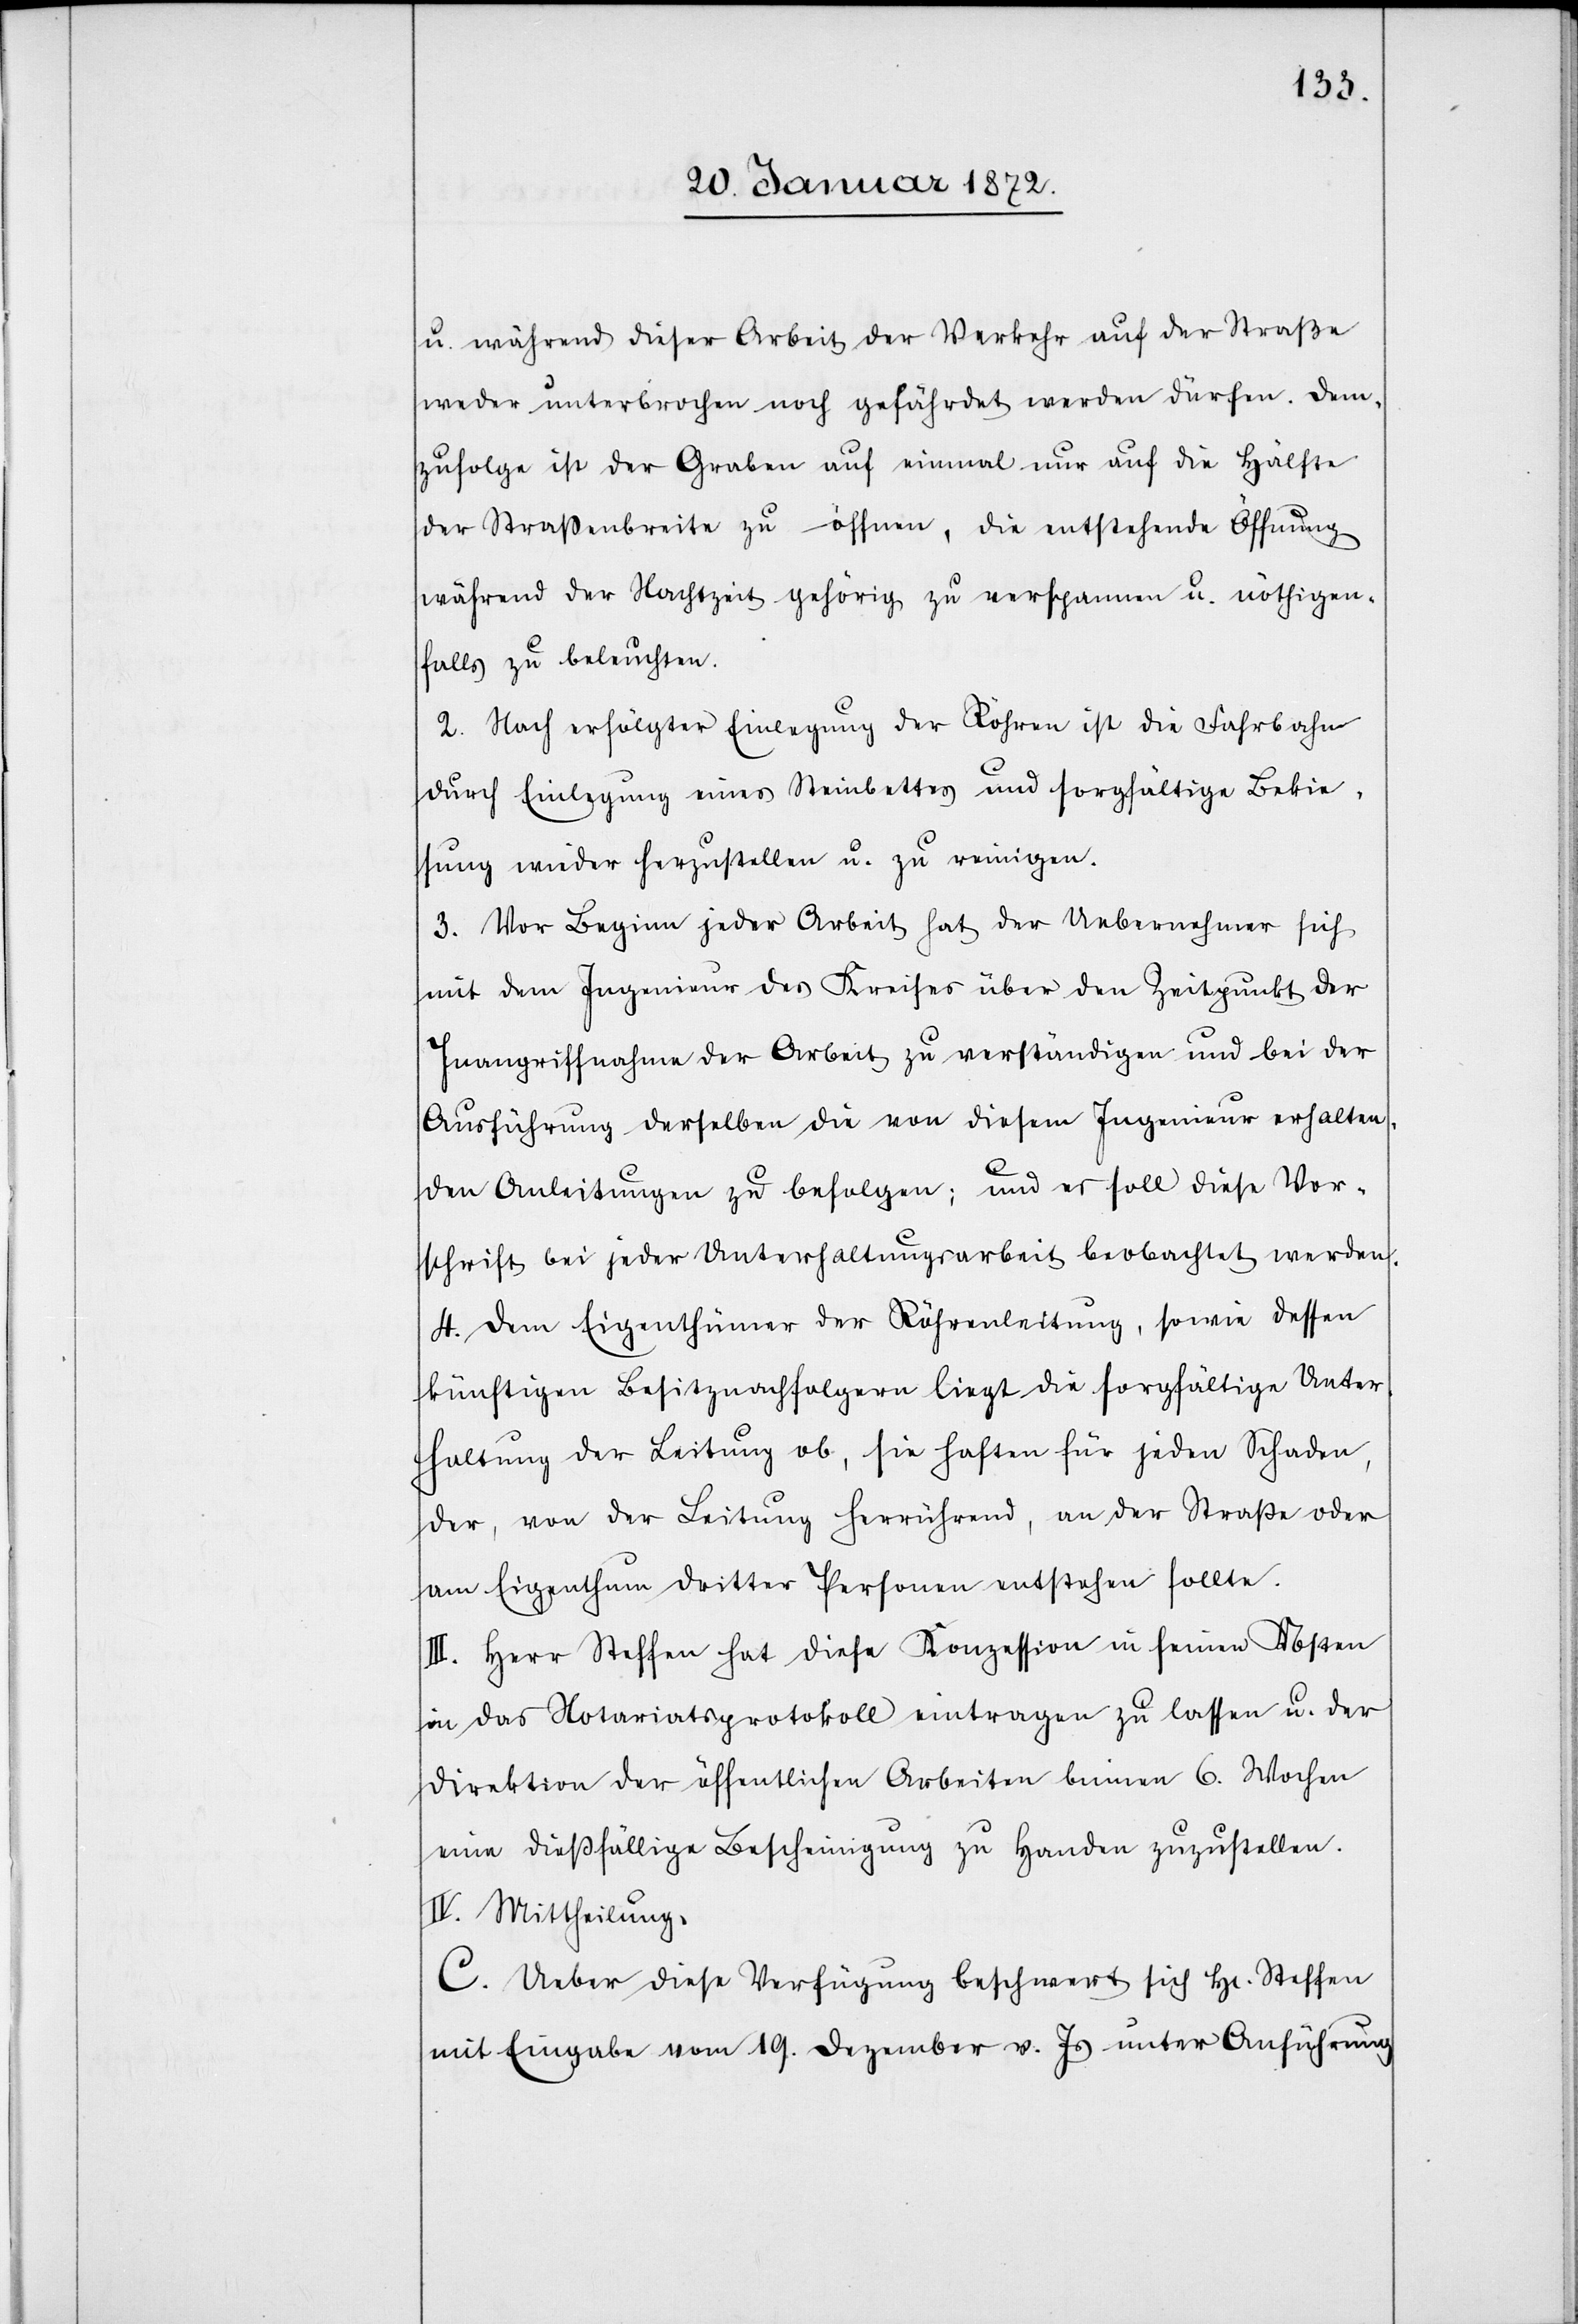
u. während dieser Arbeit der Verkehr auf der Straße
weder unterbrochen noch gefährdet werden dürfen. Dem¬
zufolge ist der Graben auf einmal nur auf die Hälfte
der Straßenbreite zu öffnen, die entstehende Öffnung
während der Nachtzeit gehörig zu verspannen u. nöthigen¬
falls zu beleuchten.
2. Nach erfölgter Einlegung der Röhren ist die Fahrbahn
durch Einlegung eines Steinbettes und sorgfältige Bekie¬
sung wieder herzustellen u. zu reinigen.
3. Vor Beginn jeder Arbeit hat der Uebernehmer sich
mit dem Ingenieur des Kreises über den Zeitpunkt der
Inangriffnahme der Arbeit zu verständigen und bei der
Ausführung derselben die von diesem Ingenieur erhalten¬
den Anleitungen zu befolgen; und es soll diese Vor¬
schrift bei jeder Unterhaltungsarbeit beobachtet werden.
4. Dem Eigenthümer der Röhrenleitung, sowie dessen
künftigen Besitznachfolgern liegt die sorgfältige Unter¬
haltung der Leitung ob, sie haften für jeden Schaden,
der, von der Leitung herrührend, an der Straße oder
am Eigenthum dritter Personen entstehen sollte.
III. Herr Steffen hat diese Konzession in seinen Kosten
in das Notariatsprotokoll eintragen zu lassen u. der
Direktion der öffentlichen Arbeiten binnen 6. Wochen
eine dießfällige Bescheinigung zu Handen zuzustellen.
IV. Mittheilung.
C. Ueber diese Verfügung beschwert sich H[err] Steffen
mit Eingabe vom 19. Dezember v. Js unter Anführung